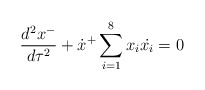
\begin{align*}\frac{d^{2} x^{-}}{d\tau^{2}} + \dot x^+\sum_{i=1}^{8} x_{i} \dot{x_{i}}= 0\end{align*}